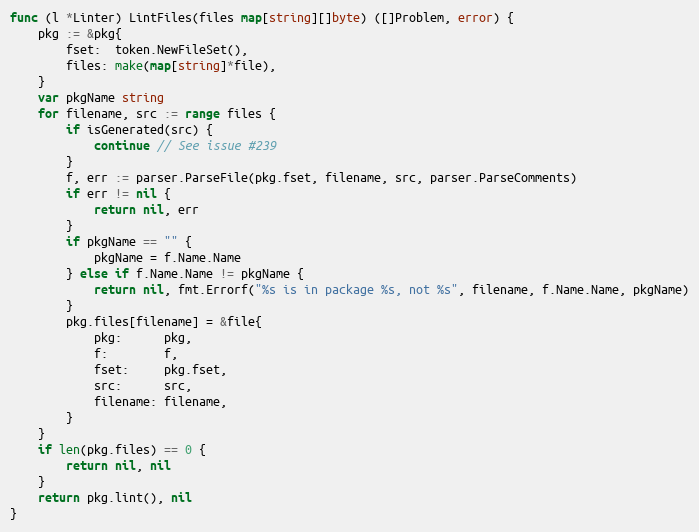
Language: Go
func (l *Linter) LintFiles(files map[string][]byte) ([]Problem, error) {
	pkg := &pkg{
		fset:  token.NewFileSet(),
		files: make(map[string]*file),
	}
	var pkgName string
	for filename, src := range files {
		if isGenerated(src) {
			continue // See issue #239
		}
		f, err := parser.ParseFile(pkg.fset, filename, src, parser.ParseComments)
		if err != nil {
			return nil, err
		}
		if pkgName == "" {
			pkgName = f.Name.Name
		} else if f.Name.Name != pkgName {
			return nil, fmt.Errorf("%s is in package %s, not %s", filename, f.Name.Name, pkgName)
		}
		pkg.files[filename] = &file{
			pkg:      pkg,
			f:        f,
			fset:     pkg.fset,
			src:      src,
			filename: filename,
		}
	}
	if len(pkg.files) == 0 {
		return nil, nil
	}
	return pkg.lint(), nil
}